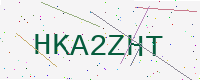
Text: HKA2ZHT